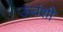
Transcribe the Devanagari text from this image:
ऊव॔शी